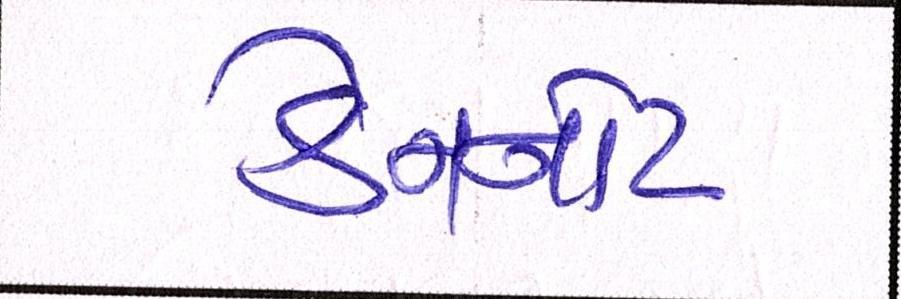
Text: કેનનોટ